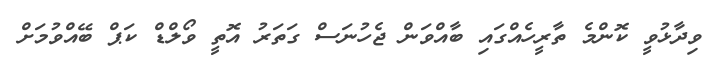
ވިދާޅުވީ ކޮންމެ ތާރީހެއްގައި ބާއްވަން ޖެހުނަސް ގަތަރު އޮތީ ވޯލްޑް ކަޕް ބޭއްވުމަށް